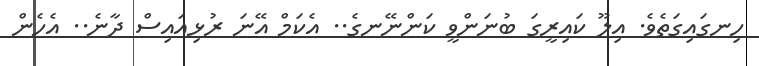
ހިނގައިގަތެވެ. އިލޫ ކައިރީގަ ބުނަންވީ ކަންނޭނގެ.. އެކަމް އޭނަ ރުޅިއައިސް ދާނެ.. އެހެން